system: You are a helpful assistant.
user:
Analyze the provided spectrum to determine if it is a **M-type Giant (gM)**.

A M-type Giant spectrum is defined by its **strong molecular absorption** features, particularly from **Titanium Oxide (TiO)**. You must check for one of the following mutually exclusive signatures:

- **Key Visual Indicators (Absorption-Dominated Spectrum):**

    - **(Primary):** The spectrum is dominated by strong molecular absorption from **Titanium Oxide (TiO)**. This is the **defining feature** of its M-type temperature class.
        - **(Key Bandheads):** Look for sharp, "saw-tooth" absorption valleys. The strongest are located near **~7050 Å**, **~6160 Å**, and **~5170 Å**.
        - **(Line Profile):** The "saw-tooth" morphology is critical: a **sharp, steep drop on the BLUE (short-wavelength) side** of the bandhead, followed by a gradual recovery (rising flux) towards the RED (long-wavelength) side.

    - **(Key Confirmation - Giant vs. Dwarf):** **ABSENCE** of strong **Calcium Hydride (CaH)** molecular bands. This is the primary diagnostic for *excluding* M-dwarfs.
        - **(Key Region):** The spectrum should lack the strong, broad absorption band seen in dwarfs between **~6800 Å and ~7000 Å**.

    - **(Secondary Confirmation - Giant):** A very strong and broad **Neutral Calcium (Ca I)** atomic absorption line.
        - **(Key Line):** Located at **~4226 Å**. In a giant (gM), this line is significantly deeper and broader than the same line in an M-dwarf (dM) due to low surface gravity.

    - **(Overall Spectrum):**
        - The continuum is **extremely red-sloping** (i.e., flux is very low in the blue and rises dramatically towards the red).
        - The entire spectrum appears "chopped up" by the deep TiO bands.

Think first, call **spectral_visualization_tool** if needed to examine features in detail, then provide your final answer. Your response must adhere to the following strict rules:
1.  **Overall Structure:** Your response must follow the format `<think>...</think> <tool_call>...</tool_call> (if a tool is used) <answer>...</answer>`.
2.  **Tool Usage Constraint:** You may only make **one** tool call per turn.
3.  **Final Answer Format:** In the `<answer>` tag, your conclusion must be inside a `\boxed{}` command (e.g., `\boxed{YES}` or `\boxed{NO}`), followed by your justification.

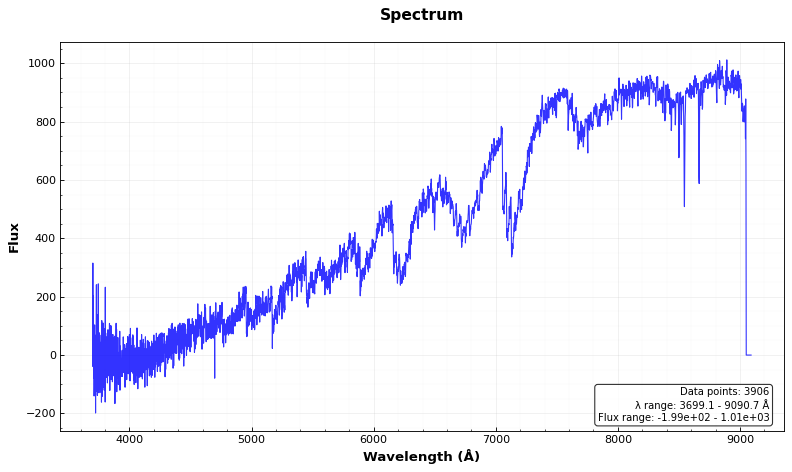
Answer: YES